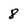
Character: 8